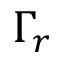
\Gamma _ { r }